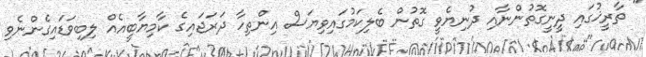
" ތާރީޚުގައި ދީނީގޮތުންނާއި ދުނިޔެވީ ގޮތުން ބެލިކަމުގައިވިޔަސް އިންތިހާ ދަރަޖައިގެ ކާމިޔާބީއެއް ލިބިވަޑައިގެންނެވި